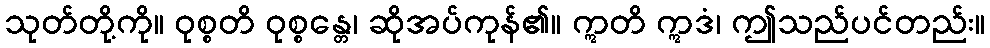
သုတ်တို့ကို။ ဝုစ္စတိ ဝုစ္စန္တေ၊ ဆိုအပ်ကုန်၏။ ဣတိ ဣဒံ၊ ဤသည်ပင်တည်း။